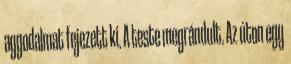
aggodalmat fejezett ki. A teste megrándult. Az úton egy